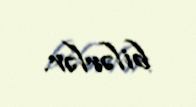
bilərlər.